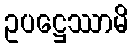
ဥပဋ္ဌေဿာမိ